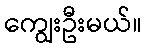
ကျွေးဦးမယ်။